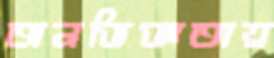
অনভিজ্ঞতায়